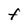
Character: F